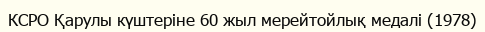
КСРО Қарулы күштеріне 60 жыл мерейтойлық медалі (1978)